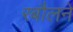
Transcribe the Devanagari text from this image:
रबौलने